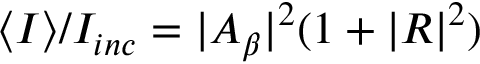
\langle I \rangle / I _ { i n c } = | A _ { \beta } | ^ { 2 } ( 1 + | { \cal R } | ^ { 2 } )